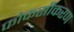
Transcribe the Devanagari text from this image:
फोकसीकरण